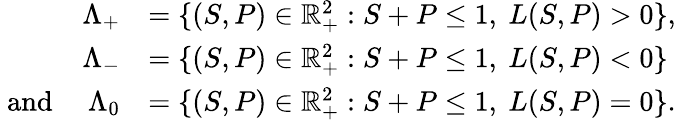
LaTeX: \begin{array}{rl}{\Lambda_{+}}&{=\{ (S,P)\in\mathbb{R}_{+}^{2}:S+P\le 1,\ L(S,P)>0\} ,}\\ {\Lambda_{-}}&{=\{ (S,P)\in\mathbb{R}_{+}^{2}:S+P\le 1,\ L(S,P)<0\} }\\ {\mathrm{~and~}\quad\Lambda_{0}}&{=\{ (S,P)\in\mathbb{R}_{+}^{2}:S+P\le 1,\ L(S,P)=0\} .}\end{array}